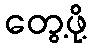
တွေ့ဖို့